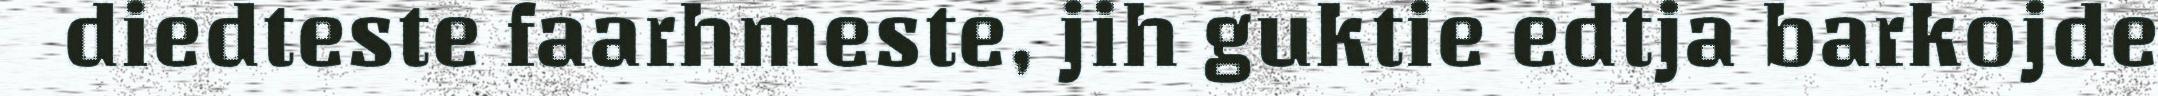
diedteste faarhmeste, jih guktie edtja barkojde